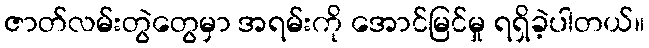
ဇာတ်လမ်းတွဲတွေမှာ အရမ်းကို အောင်မြင်မှု ရရှိခဲ့ပါတယ်။